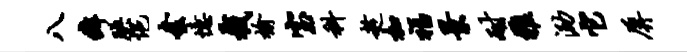
八癖腆悒套忆截榆室科趁加福景耐雅泐它屏